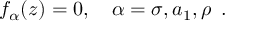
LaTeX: f _ { \alpha } ( z ) = 0 , \quad \alpha = \sigma , a _ { 1 } , \rho \, \, \, .